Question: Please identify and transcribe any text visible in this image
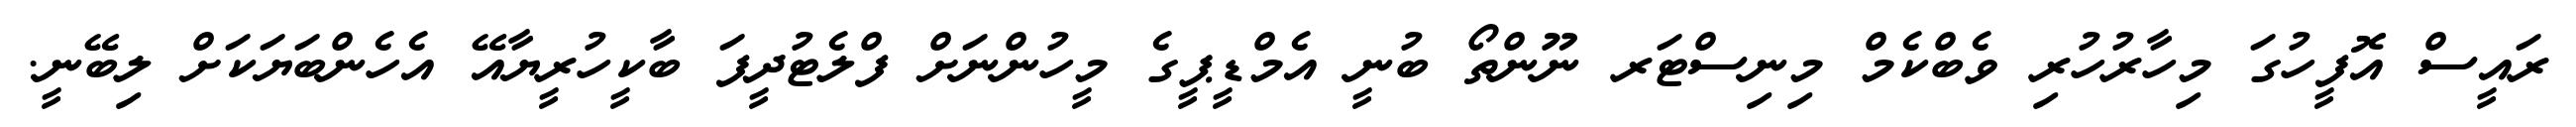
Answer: ރައީސް އޮފީހުގަ މިހާރުހުރި ވެބްކެމް މިނިސްޓަރ ނޫންތޯ ބުނީ އެމްޑީޕީގެ މީހުންނަށް ފްލެޓުދީފަ ބާކީހުރީޔާއޭ އެހެންބަޔަކަށް ލިބޭނީ.